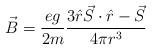
LaTeX: \begin{align*}\vec{B}={eg\over 2m}{3\hat{r}\vec{S}\cdot\hat{r}-\vec{S}\over 4\pi r^3}\end{align*}